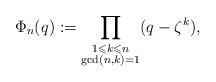
LaTeX: \begin{align*}\Phi_n(q):=\prod_{\substack{1\leqslant k\leqslant n\\ \gcd(n,k)=1}}(q-\zeta^k), \end{align*}